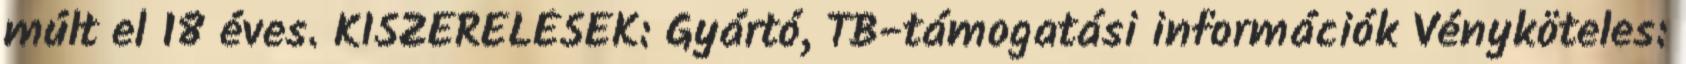
múlt el 18 éves. KISZERELÉSEK: Gyártó, TB-támogatási információk Vényköteles: